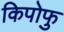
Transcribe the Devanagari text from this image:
किपोफु